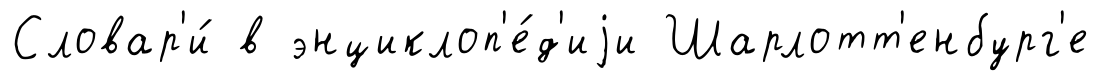
Словар'и́ в энциклоп'е́д'иjи Шарлотт'енбург'е